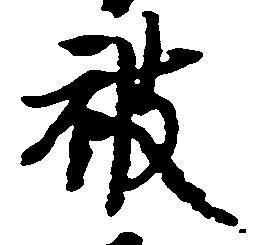
被